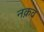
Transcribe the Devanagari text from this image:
नक़व